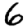
Digit: 6